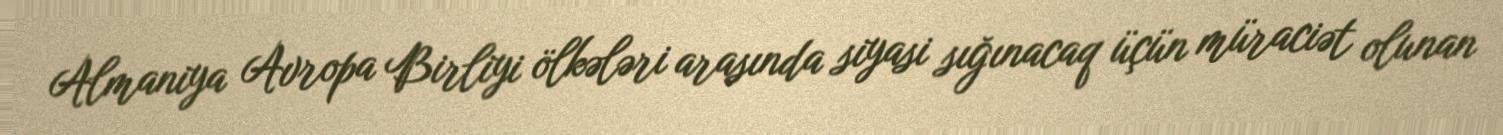
Almaniya Avropa Birliyi ölkələri arasında siyasi sığınacaq üçün müraciət olunan